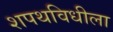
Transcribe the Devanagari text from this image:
शपथविधीला